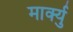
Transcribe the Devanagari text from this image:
मार्क्यु